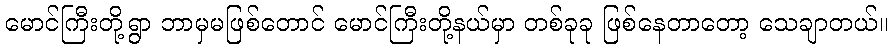
မောင်ကြီးတို့ရွာ ဘာမှမဖြစ်တောင် မောင်ကြီးတို့နယ်မှာ တစ်ခုခု ဖြစ်နေတာတော့ သေချာတယ်။